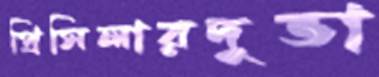
প্রিসিলারদুভা